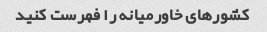
کشورهای خاورمیانه را فهرست کنید